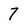
Character: 7